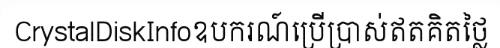
CrystalDiskInfoឧបករណ៍ប្រើប្រាស់ឥតគិតថ្លៃ